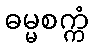
ဓမ္မစက္ကံ